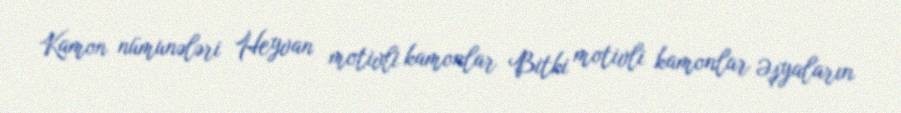
Kamon nümunələri Heyvan motivli kamonlar Bitki motivli kamonlar Əşyaların